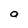
Character: a